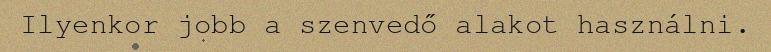
Ilyenkor jobb a szenvedő alakot használni.